Vaccination in Bombay 1889-1901 - 1889-1901
Year: 1889
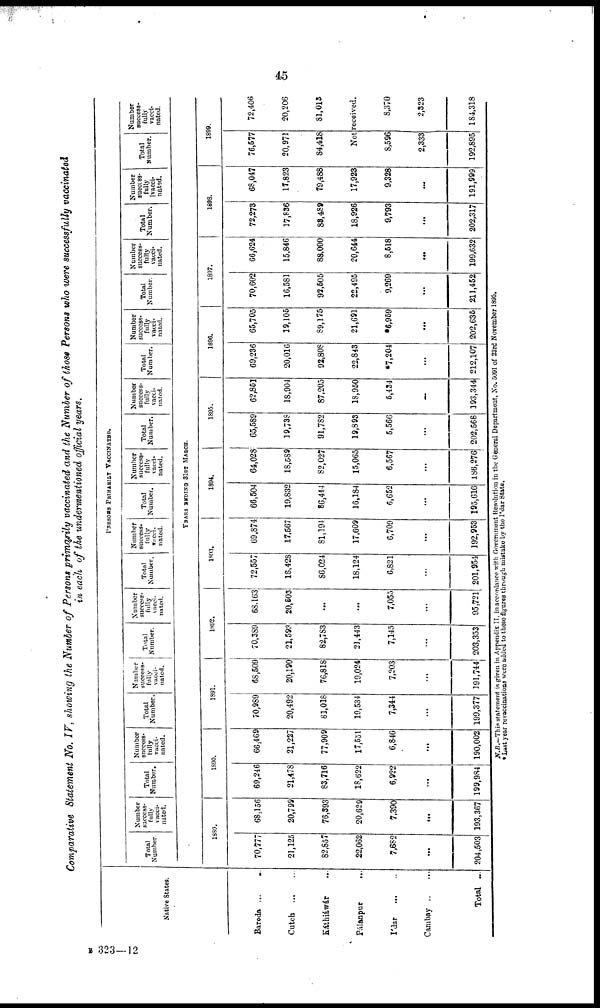
45
Comparative Statement No. IV, showing the Number of Persons primarily vaccinated and the Number of those Persons who were successfully vaccinated
in each of the undermentioned official years.
Native States.
Baroda ...
Cutch
...
...
Káthiáwár ...
Pálanpur
...
I'dar
...
...
Cambay ... ...
Total ...
PERSONS PRIMARILY VACCINATED.
Total
Number.
Number
success-
fully
vacci-
nated.
Total
Number.
Number
success-
fully
vacci-
nated.
Total
Number
Number
success-
fully
vacci-
nated.
Total
Number.
Number
success-
fully
vacci-
nated.
Total
Number.
Number
success-
fully
vacci-
nated.
Total
Number.
Number
success-
fully
vacci-
nated.
Total
Number.
Number
success-
fully
vacci-
nated.
Total
Number.
Number
success-
fully
vacci-
nated.
Total
Number.
Number
success-
fully
vacci-
nated.
Total
Number.
Number
success-
fully
vacci-
nated.
Total
number.
Number
success-
fully
vacci-
nated.
YEARS ENDING 31ST MARCH.
1889.
70,777
21,125
82,857
22,062
7,682
...
204,503
68,156
20,799
76,393
20,629
7,390
...
193,367
1890.
69,246
21,478
83,716
18,622
6,922
...
199,984
66,469
21,227
77,909
17,551
6,846
...
190,002
1891.
70,989
20,492
81,018
19,534
7,344
...
199,377
68,509
20,190
76,818
19,024
7,203
...
191,744
1892.
70,389
21,593
82,783
21,443
7,145
...
203,353
68,163
20,503
...
...
7,055
...
95,721
1893.
72,557
18,428
86,024
18,124
6,821
...
201,954
69,874
17,567
81,194
17,609
6,709
...
192,953
1894.
66,504
19,832
86,444
16,184
6,652
...
195,616
64,028
18,589
82,027
15,065
6,567
...
186,276
1895.
65,589
19,738
91,782
19,893
5,566
...
202,568
62,851
18,904
87,205
18,950
5,434
...
193,344
1896.
69,236
20,016
92,808
22,843
*7,204
...
212,107
65,705
19,105
89,175
21,691
*6,959
...
202,635
1897.
70,602
16,581
93,505
22,495
9,269
...
211,452
66,624
15,846
88,000
20,644
8,518
...
199,632
1898.
72,273
17,836
88,489
18,926
9,793
...
202,317
68,047
17,823
79,488
17,923
9,328
...
191,999
1899.
76,577
20,971
84,418
72,406
20,206
81,013
Not received.
8,596
2,333
192,895
8,370
2,323
184,318
N.B.—This statement is given in Appendix II, in accordance with Government Resolution in the General Department, No. 5091 of 23rd November 1895.
* Last year revaccinations were added to these figures through mistake by the I'dar State.
B 323—12